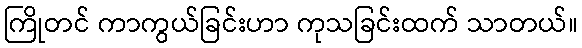
ကြိုတင် ကာကွယ်ခြင်းဟာ ကုသခြင်းထက် သာတယ်။